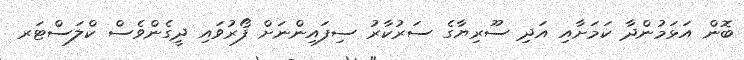
ބޮން އަޅަމުންދާ ކަމަށާއި އަދި ސޫރިޔާގެ ސަރުކާރު ސިފައިންނަށް ފޯރުވައި ދީގެންވެސް ކްލަސްޓަރ